Lock hospitals Punjab
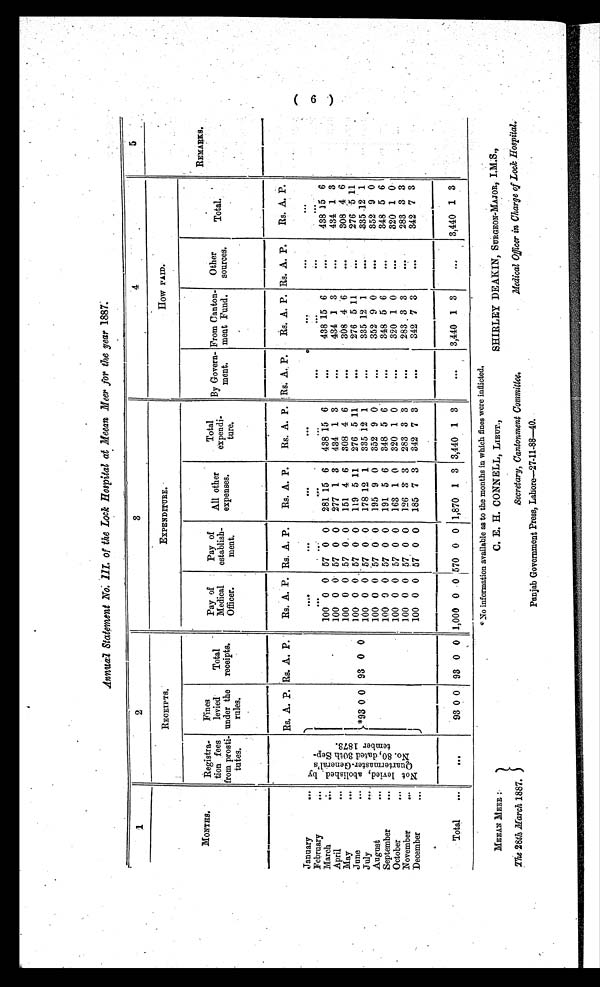
Annual Statement No. III. of the Lock Hospital at Mean .Meer for thse year 1887.
1
2
3
4
5
RECEIPTS.
EXPENDITURE.
How PAID.
MONTHS.
Registra-
tion fees
from prosti-
f
tutes.
Fine
levied
under the
rules.
Total
receipts.
Pay
Medical
Officer.
pay of es t abl i s h-
meat.
All other
expenses.
Total
expendi-
ture.
By Govern-
ment
From Canton-
meat Fund.
Other
sources.
Total.
REMARKS.
Rs. A. P. Rs. A. P.
Rs. A. P. Rs. A. P.
Rs. A. P.
Rs. A.
—
P. Rs. A.. P.
Rs. A. P. Rs. A. P.
RS. A. P.
January
N o t l e v i e d , a b l i s h e d b y Q u a r t e r m a s t e r - G e n e r a l ' s N o . 8 0 , d a t e d 3 0 t h S e p - t e m b e r 1 8 7 3 .
...
...
. . .
. . .
. . .
February
. . .
...
. . .
. . .
. . .
. . .
. . .
. . .
March
100 0 0 57 0 0
281 15 6
438 15 6
. . .
438 15 6
...
438 15 6
April
100 0 0 57 0 0
277 1 3
434 1 3
. . .
434 1 3
. . .
434 1 3
May
100 0 0 57 0 0
151 4 6
308 4 6
. . .
308 4 6
. . .
308 4 6
June
* 9 3 0 0
93 0 0
100 0 0 57 0 0
119 5 11
276 5 11
. . .
276 5 11
. . .
276 5 11
( 6 )
July
100 0 0 57 0 0
178 12 1
335 12 1
. . .
335 12 1
. . .
335
1 2 1
August
100 0 0 57 0 0
195 9 0
352 9 0
. . .
352 9 0
. . .
352 9 0
September
100 0 0 57 0 0
191 5 6
348 5 6
. . .
348 5 6
...
348 5 6
October
100 0 0 57 0 0
163 1 0
320 1 0
. . .
320 1 0
. . .
320 1 0
November
100 0 0 57 0 0
126 3 3
283 3 3
. . .
283 3 3
. . .
283 3 3
December
100 0 0 57 0 0
185 7 3
342 7 3
. . .
342 7 3
. . .
342 7 3
Total
...
93 0 0 93 0 0 1,000 0 0 570 0 0 1,870 1 3 3,440 1 3
...
3,440 1 3
. . .
3,440 1 3
MEEAN MEER
The 28th March 1887.
* No information available as to the months in which fines were inflicted,
C. E. H. CONNELL, LIEUT.,
Secretary, Cantonment Committee.
Punjab Government Press, Lahore—-27-11-88—40.
SHIRLEY DEAKIN, SURGEON-MAJOR, I.M.S.,
Medical Officer in Charge of Lock Hospital.